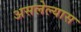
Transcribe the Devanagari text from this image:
असलेल्यास